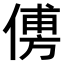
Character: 𠌽